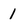
Character: 1